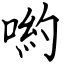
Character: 喲